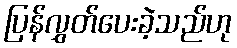
ပြန်လွှတ်ပေးခဲ့သည်ဟု